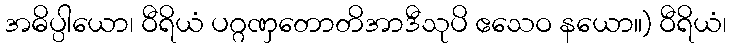
အဓိပ္ပါယော၊ ဝီရိယံ ပဂ္ဂဏှတောတိအာဒီသုပိ ဧသေဝ နယော။) ဝီရိယံ၊